Sanitation, dispensaries and jails vaccination Rajputana 1922-1927 - 1922-1927
Year: 1922
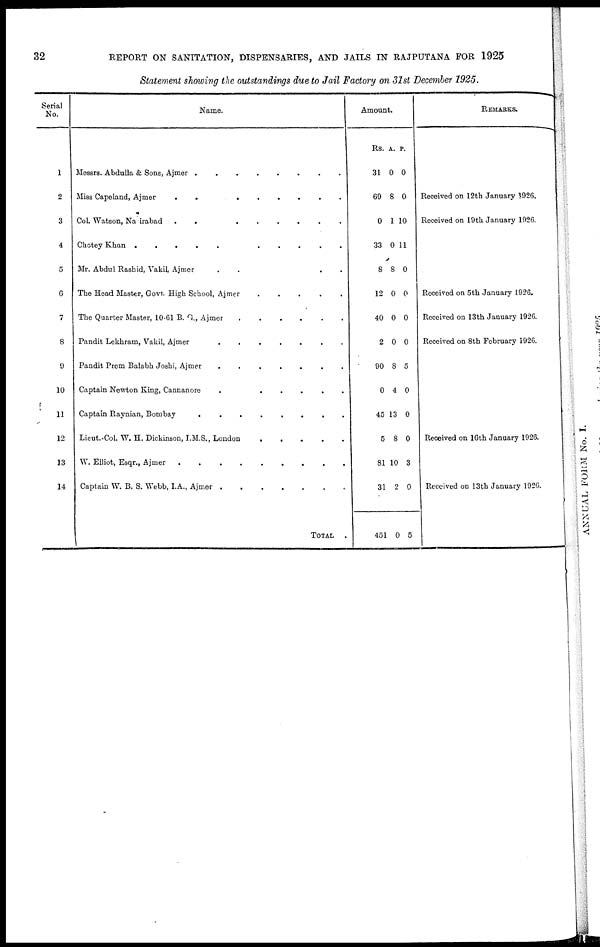
32
REPORT ON SANITATION, DISPENSARIES, AND JAILS IN RAJPUTANA FOR 1925
Statement showing the outstandings due to Jail Factory on 31st December 1925.
Serial
No.
1
2
3
4
5
6
7
8
9
10
11
12
13
14
Name.
Messrs. Abdulla & Sons, Ajmer
........
Miss Capeland, Ajmer
.........
Col. Watson, Na irabad
.........
Chotey Khan
...........
Mr. Abdul Rashid, Vakil, Ajmer
.......
The Head Master, Govt. High School, Ajmer
.....
The Quarter Master, 10-61 B. G., Ajmer
......
Pandit Lekhram, Vakil, Ajmer
.......
Pandit Prem Balabh Joshi, Ajmer
.......
Captain Newton King, Cannanore
.......
Captain Raynian, Bombay
........
Lieut.-Col. W. H. Dickinson, I.M.S., London
.....
W. Elliot, Esqr., Ajmer
.........
Captain W. B. S. Webb, I.A., Ajmer
.......
TOTAL .
Amount.
Rs.
31
69
0
33
8
12
40
2
90
0
45
5
81
31
451
A.
0
8
1
0
8
0
0
0
8
4
13
8
10
2
0
P.
0
0
10
11
0
0
0
0
5
0
0
0
3
0
5
REMARKS.
Received on 12th January 1926.
Received on 19th January 1926.
Received on 5th January 1926.
Received on 13th January 1926.
Received on 8th February 1926.
Received on 16th January 1926.
Received on 13th January 1926.